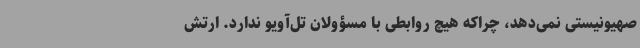
صهیونیستی نمی‌دهد، چراکه هیچ روابطی با مسؤولان تل‌آویو ندارد. ارتش